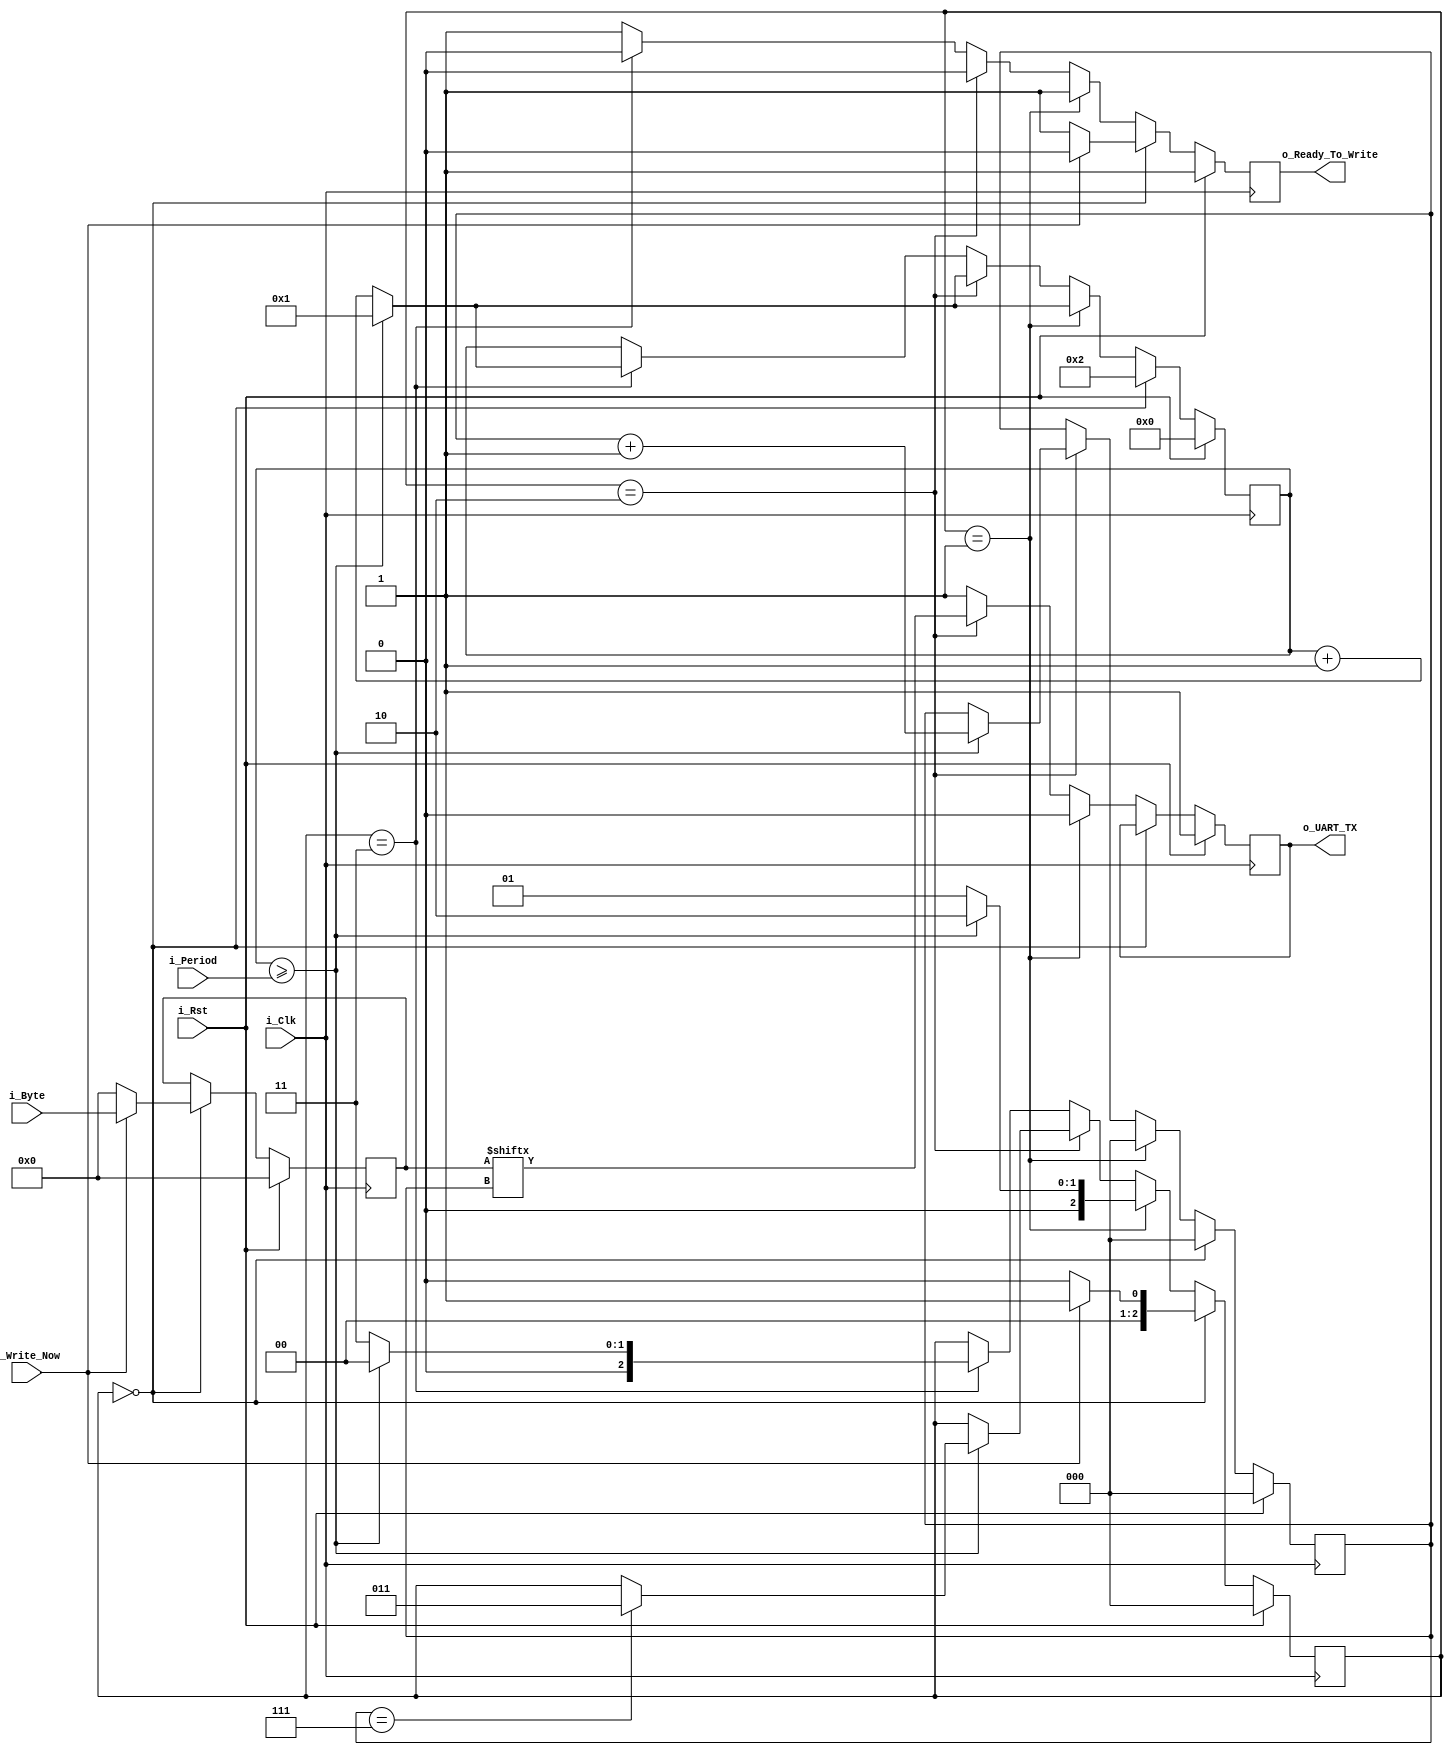
module UART_Encoder (
  input i_Rst,
  input i_Clk,
  input [19:0] i_Period,
  input [7:0] i_Byte,
  input i_Write_Now,
  output o_UART_TX,
  output o_Ready_To_Write
  );
  
  reg [2:0] r_State = 3'b0; // State machine
  reg [7:0] r_Byte = 0;
  reg [19:0] c_SampleClock = 20'b0;
  reg [2:0] r_DigitIndex;
  reg r_Ready_To_Write = 1;
  reg r_UART_TX = 1;
  
  assign o_UART_TX = r_UART_TX;
  assign o_Ready_To_Write = r_Ready_To_Write;
  
  always @(posedge i_Clk) begin
    if (i_Rst == 1'b1) begin
      r_State <= 3'b0;
      r_Byte <= 8'b0;
      c_SampleClock <= 20'b0;
      r_DigitIndex <= 0;
      r_Ready_To_Write <= 1'b1;
      r_UART_TX <= 1'b1;
    end
    else if (r_State == 0) begin
      r_DigitIndex <= 0;
      c_SampleClock <= 2;
      // Start
      if (i_Write_Now) begin
        // Snapshot of byte
        r_Byte <= i_Byte;
        r_State <= 1;
        r_Ready_To_Write <= 0;
      end else begin
        r_Byte <= 0;
        r_State <= 0;
        r_Ready_To_Write <= 1;
      end
    end
    // Writing start bit
    else if (r_State == 1) begin
      r_UART_TX <= 0;
      r_Ready_To_Write <= 1;
      r_DigitIndex <= 0;
      if (c_SampleClock >= i_Period) begin
        r_State <= 2;
        c_SampleClock <= 1;
      end else begin
        r_State <= 1;
        c_SampleClock <= c_SampleClock + 1;
      end
    end
    // Write data bits
    else if (r_State == 2) begin
      r_Ready_To_Write <= 0;
      if (c_SampleClock >= i_Period) begin
        c_SampleClock <= 1;
        r_UART_TX <= r_Byte[r_DigitIndex];
        r_DigitIndex <= r_DigitIndex + 1;
        if (r_DigitIndex == 7) begin
          r_State <= 3;
        end
      end
      else begin
        r_UART_TX <= r_Byte[r_DigitIndex];
        c_SampleClock <= c_SampleClock + 1;
      end
    end
    // Writing stop bit
    else if (r_State == 3) begin
      r_UART_TX <= 1;
      r_Ready_To_Write <= 0;
      if (c_SampleClock >= i_Period) begin
        r_State <= 0;
        c_SampleClock <= 1;
      end else begin
        r_State <= 3;
        c_SampleClock <= c_SampleClock + 1;
      end
    end
    else begin
      r_Ready_To_Write <= 1;
      r_UART_TX <= 1;
    end
  end
  
endmodule